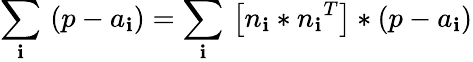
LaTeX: {\underset{\mathbf{i}}{\mathop{\sum}}}\, \left(p-{{a}_{\mathbf{i}}}\right)={\underset{\mathbf{i}}{\mathop{\sum}}}\, \left[{{n}_{\mathbf{i}}}*{{n}_{\mathbf{i}}}^{T}\right]*\left(p-{{a}_{\mathbf{i}}}\right)